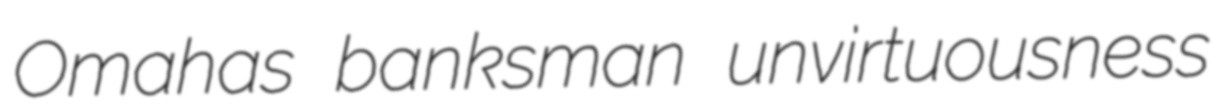
Omahas banksman unvirtuousness